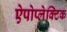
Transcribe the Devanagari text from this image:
ऐपोप्लेक्टिक